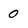
Character: 0